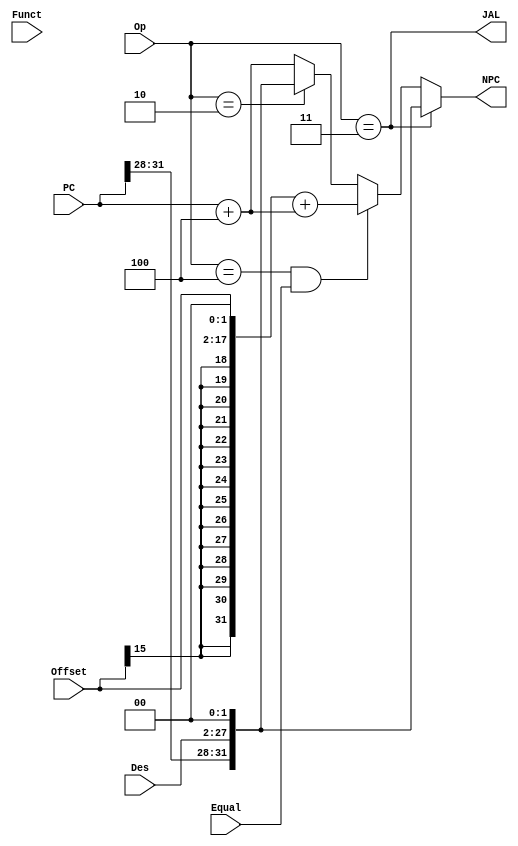
module npc(
    input  [5:0]  Op,
    input  [5:0]  Funct,
    input  [25:0] Des,
    input  [15:0] Offset,
    input         Equal,
    input  [31:0] PC,
    output        JAL,        
    output [31:0] NPC
);


    parameter BEQsig = 6'b000100;
    parameter Jsig   = 6'b000010;
    parameter JALsig = 6'b000011;

    wire [31:0] PCadd4;
    wire [31:0] beq;
    wire [31:0] j;

    assign PCadd4 = PC + 32'd4;
    assign beq = {{14{Offset[15]}}, Offset, {2{1'b0}}} + PCadd4;
    assign j = {PC[31:28], Des, 1'b0, 1'b0};


    assign JAL = (Op == JALsig);
    assign NPC = (Op == JALsig)                  ? j   :
                 (Op == BEQsig && Equal == 1'b1) ? beq : 
                 (Op == Jsig)                    ? j   : PCadd4;
endmodule